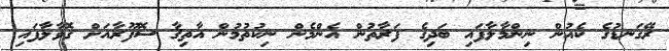
ރޭގަނޑުގެ ކެއުން ނިންމާލާފައި ބަދިގެ ފަރާތުން އެންމެން ނިކުތުމުން އާތިޤާ ސޮފޫރާއަށް ގޮވާލާފައި